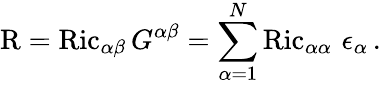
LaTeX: \operatorname{R}=\operatorname{Ric}_{\alpha\beta}G^{\alpha\beta}=\sum_{\alpha=1}^{N}\operatorname{Ric}_{\alpha\alpha}\, \epsilon_{\alpha}\, .